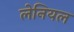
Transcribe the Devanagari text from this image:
लेनियल